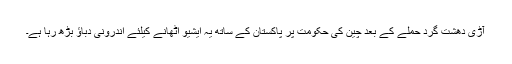
آڑی دھشت گرد حملے کے بعد چین کی حکومت پر پاکستان کے ساتھ یہ ایشیو اٹھانے کیلئے اندرونی دباؤ بڑھ رہا ہے۔